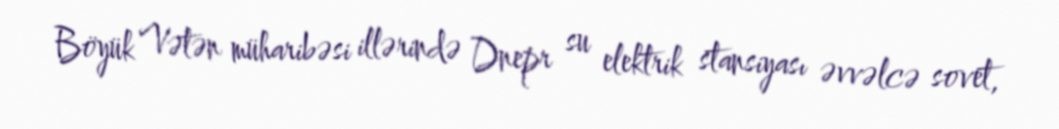
Böyük Vətən müharibəsi illərində Dnepr su elektrik stansiyası əvvəlcə sovet,